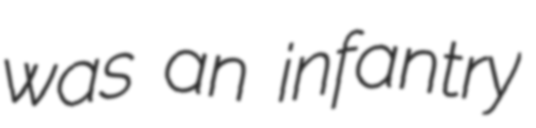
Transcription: was an infantry